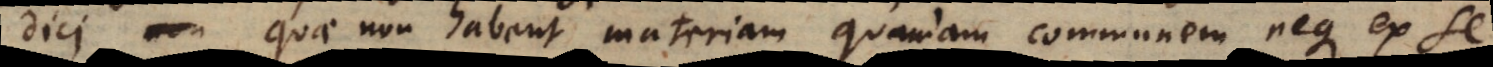
dici, quae non habent materiam quandam communem, neque ex se